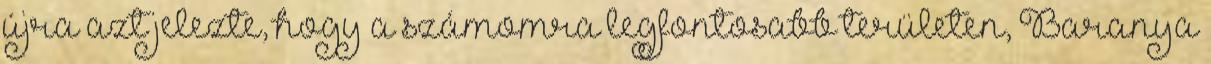
újra azt jelezte, hogy a számomra legfontosabb területen, Baranya